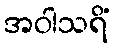
အဝါသရိံ